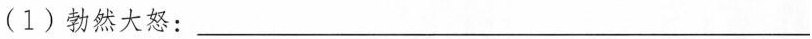
(1)勃然大怒：___